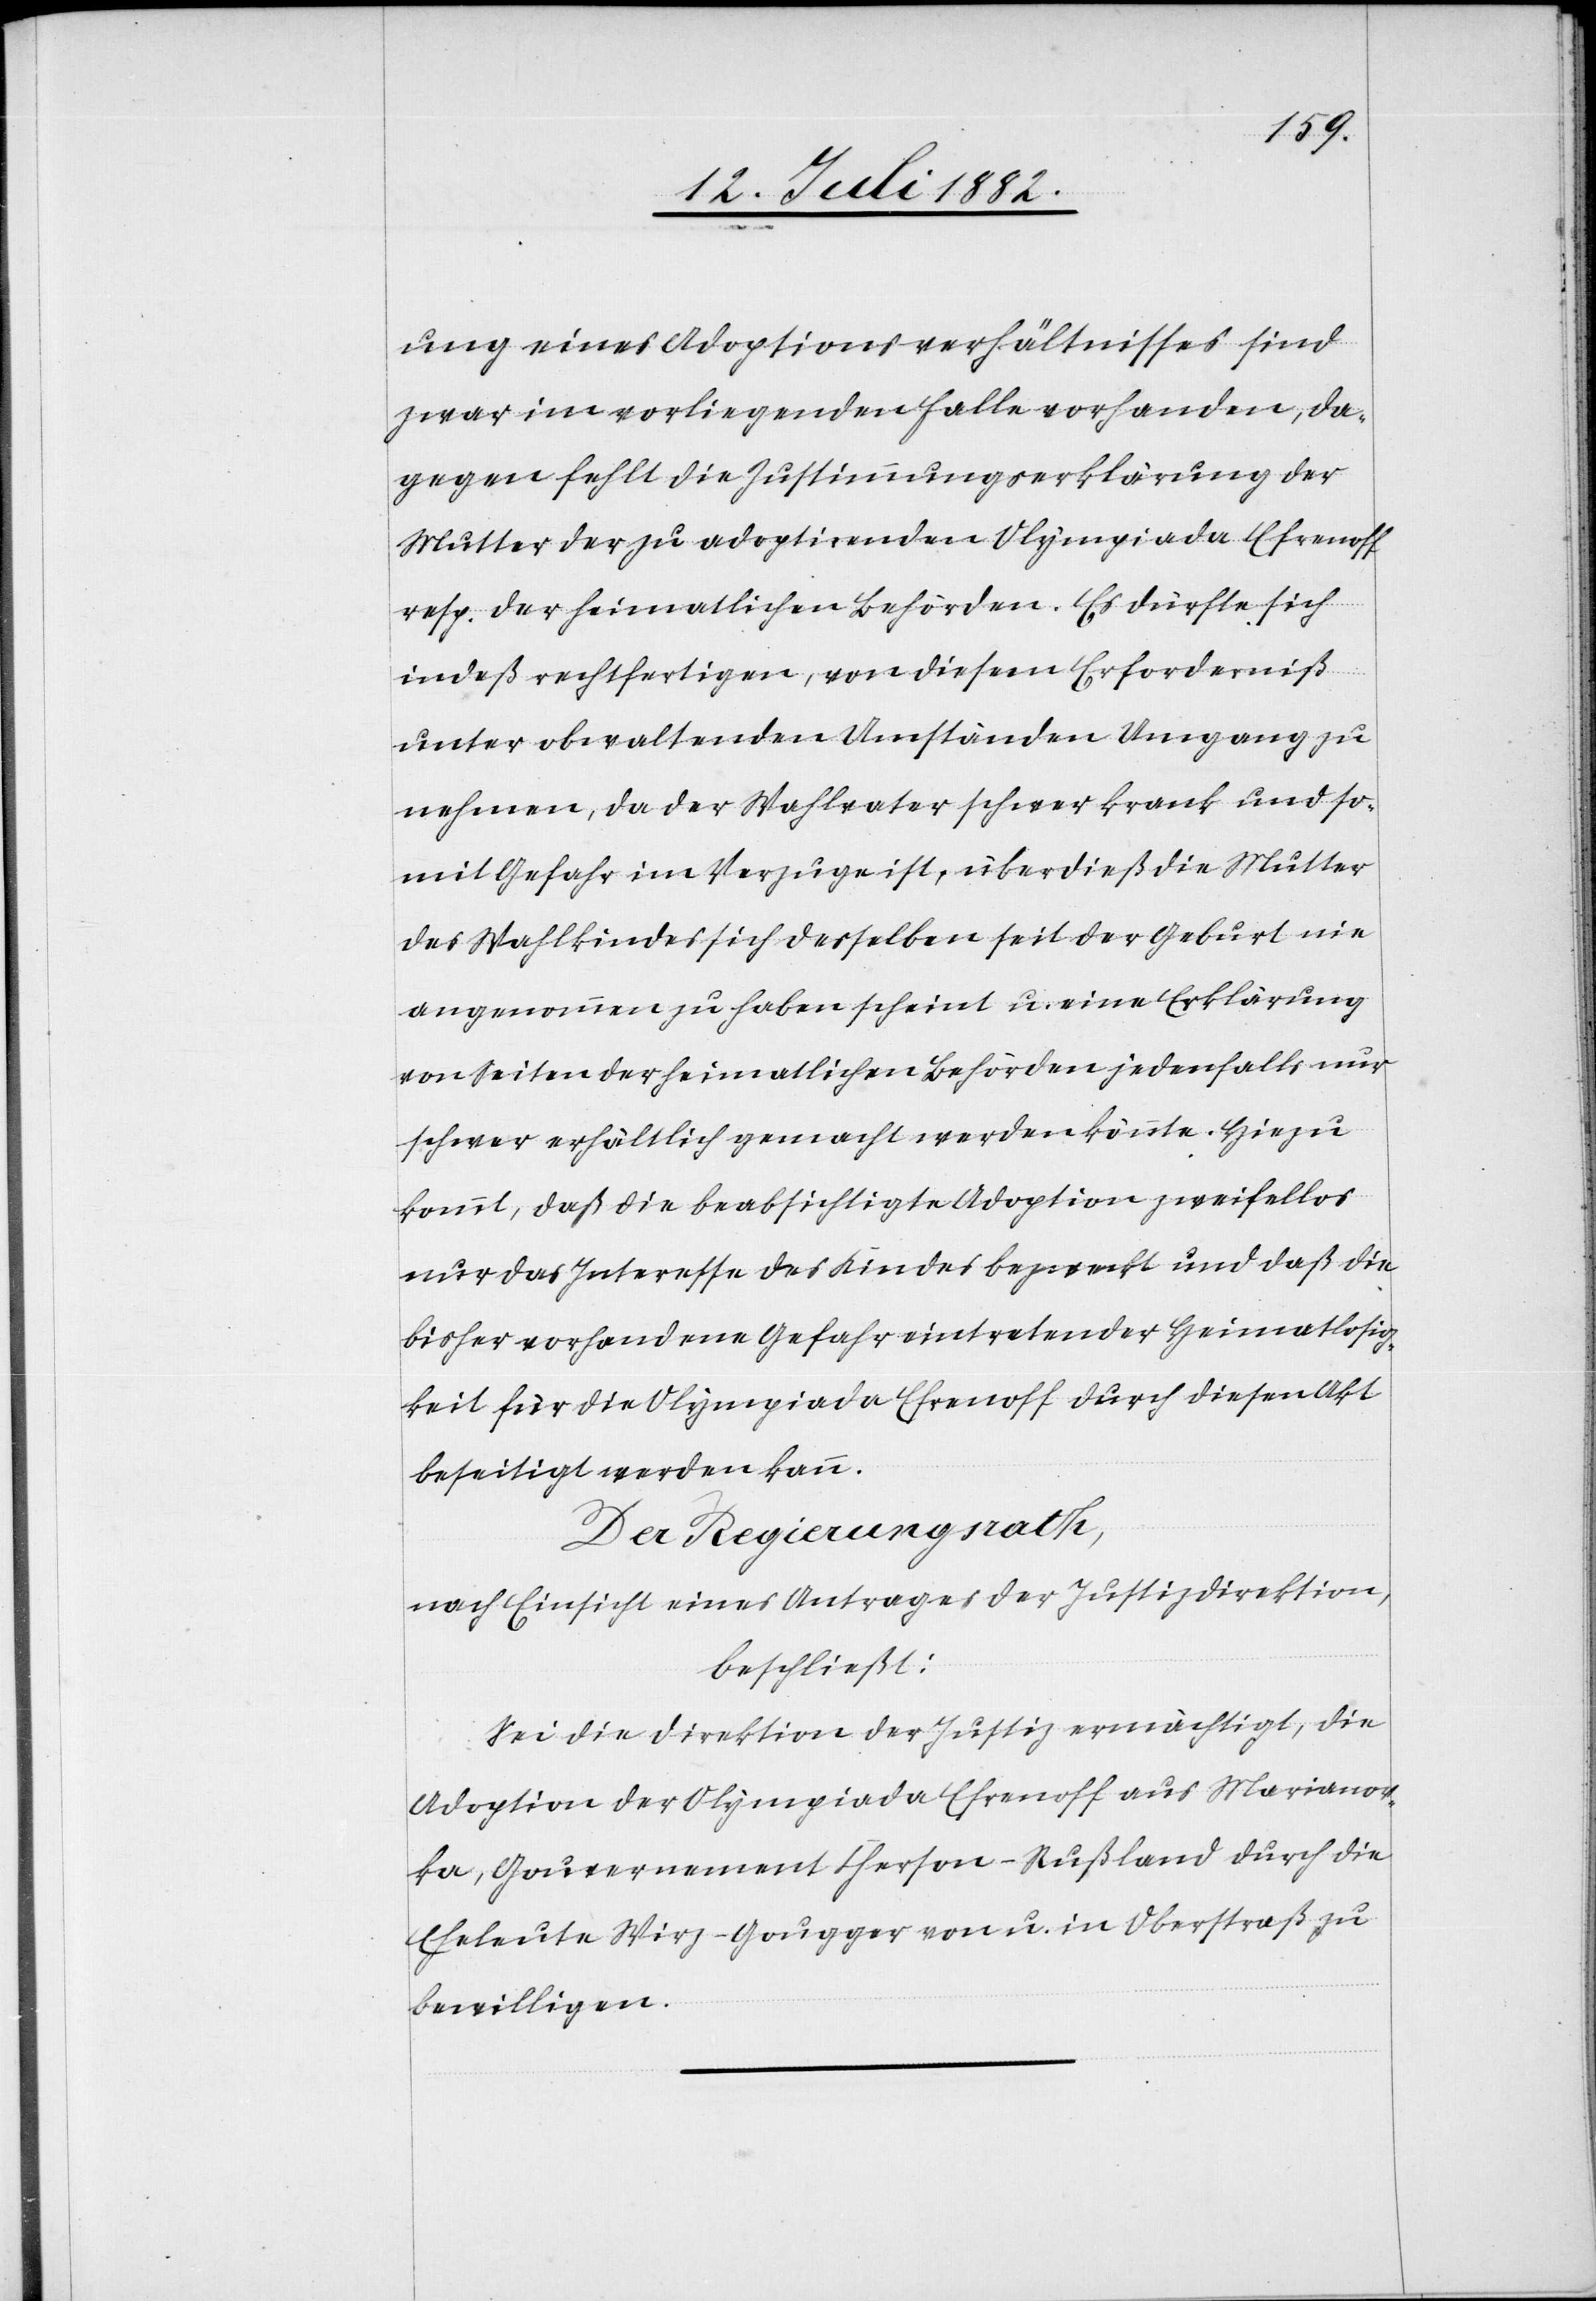
ung eines Adoptionsverhältnisses sind
zwar im vorliegenden Falle vorhanden, da¬
gegen fehlt die Zustimmungserklärung der
Mutter der zu adoptirenden Olympiade Efrenoff
resp. der heimatlichen Behörden. Es dürfte sich
indeß rechtfertigen, von diesem Erforderniß
unter obwaltenden Umständen Umgang zu
nehmen, da der Wahlvater schwer krank und so¬
mit Gefahr im Verzuge ist, überdieß die Mutter
des Wahlkindes sich desselben seit der Geburt nie
angenommen zu haben scheint u. eine Erklärung
von Seiten der heimatlichen Behörden jedenfalls nur
schwer erhältlich gemacht werden könnte. Hiezu
kommt, daß die beabsichtigte Adoption zweifellos
nur das Interesse des Kindes bezweckt und daß die
bisher vorhandene Gefahr eintretender Heimatlosig¬
keit für die Olympiade Efrenoff durch diesen Akt
beseitigt werden kann.
Der Regierungsrath,
nach Einsicht eines Antrages der Justizdirektion,
beschließt:
Sei die Direktion der Justiz ermächtigt, die
Adoption der Olympiade Efrenoff aus Marianov¬
ka, Gouvernement Cherson - Rußland durch die
Eheleute Wirz-Gougger von u. in Oberstraß zu
bewilligen.